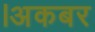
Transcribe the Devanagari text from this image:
।अकबर